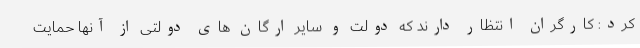
کرد: کارگران انتظار دارند که دولت و سایر ارگان های دولتی از آنها حمایت